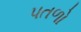
પતળો